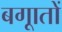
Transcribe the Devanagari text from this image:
बगाूतों